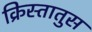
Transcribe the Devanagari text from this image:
क्रिस्‍तातुस